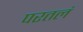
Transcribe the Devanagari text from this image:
परतलं